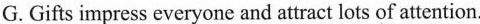
G.Gifts impress everyone and attract lots of attention.